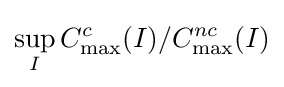
\sup _{I}C_{\max }^{c}(I)/C_{\max }^{nc}(I)